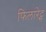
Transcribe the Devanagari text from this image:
फिलारेट्स